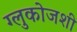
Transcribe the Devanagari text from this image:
ग्लुकोजशी